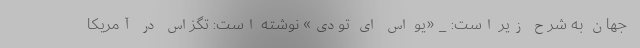
جهان به شرح زیر است: _ «یو اس ای تودی» نوشته است: تگزاس در آمریکا